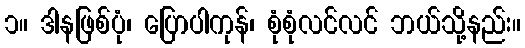
၁။ ဒါနဖြစ်ပုံ၊ ပြောပါကုန်၊ စုံစုံလင်လင် ဘယ်သို့နည်း။